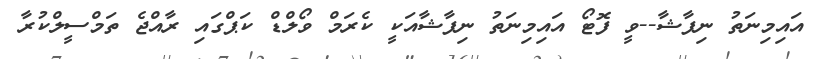
އައިމިނަތު ނިފާޝާ--ވީ ފޮޓޯ އައިމިނަތު ނިފާޝާއަކީ ކެރަމް ވޯލްޑް ކަޕްގައި ރާއްޖެ ތަމްސީލްކުރާ